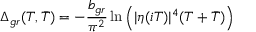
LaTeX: \Delta _ { g r } ( T , \bar { T } ) = - \frac { b _ { g r } } { \pi ^ { 2 } } \ln \Big ( | \eta ( i T ) | ^ { 4 } ( T + \bar { T } ) \Big )